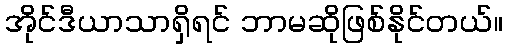
အိုင်ဒီယာသာရှိရင် ဘာမဆိုဖြစ်နိုင်တယ်။